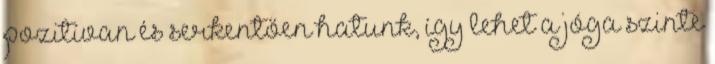
pozitívan és serkentően hatunk, így lehet a jóga szinte